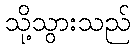
သို့သွားသည်